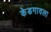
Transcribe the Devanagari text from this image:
केडगावला